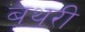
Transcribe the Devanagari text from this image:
बथरी